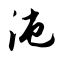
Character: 沌